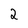
Character: 2